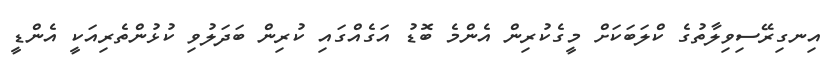
އިނގިރޭސިވިލާތުގެ ކްލަބަކަށް މީގެކުރިން އެންމެ ބޮޑު އަގެއްގައި ކުރިން ބަދަލުވި ކުޅުންތެރިއަކީ އެންޑީ